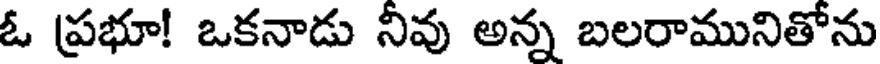
ఓ ప్రభూ! ఒకనాడు నివు అన్న బలరామునితోను